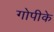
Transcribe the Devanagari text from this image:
गोपीके